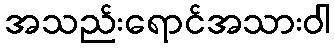
အသည်းရောင်အသားဝါ